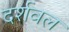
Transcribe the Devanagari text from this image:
दर्शवल